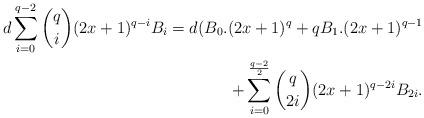
LaTeX: \begin{align*} \begin{aligned}d\sum\limits_{i=0}^{q-2}\binom {q} {i}(2x+1)^{q-i}B_{i}=d(B_{0}.(2x+1)^{q}+qB_{1}.(2x+1)^{q-1}\\+\sum\limits_{i=0}^{\frac{q-2}{2}}\binom {q} {2i}(2x+1)^{q-2i}B_{2i}.\end{aligned}\end{align*}